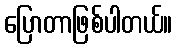
ပြောတာဖြစ်ပါတယ်။